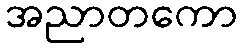
အညာတကော